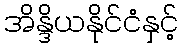
အိန္ဒိယနိုင်ငံနှင့်